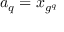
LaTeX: a _ { q } = x _ { g ^ { q } }